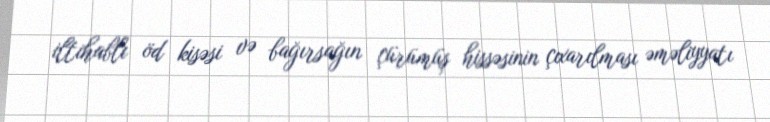
iltihablı öd kisəsi və bağırsağın çürümüş hissəsinin çıxarılması əməliyyatı